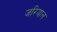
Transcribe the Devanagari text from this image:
जरियाल